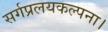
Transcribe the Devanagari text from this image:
सर्गप्रलयकल्पना।